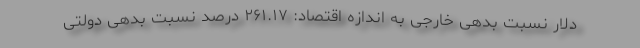
دلار نسبت بدهی خارجی به اندازه اقتصاد: ۲۶۱.۱۷ درصد نسبت بدهی دولتی